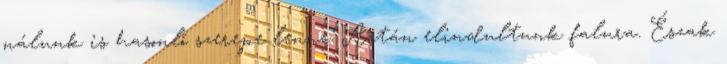
nálunk is hasonló szerepe lenne. Aztán elindultunk falura. Észak